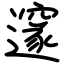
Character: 邃